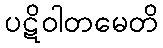
ပဋိဝါတမေတိ